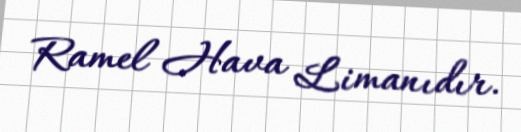
Ramel Hava Limanıdır.